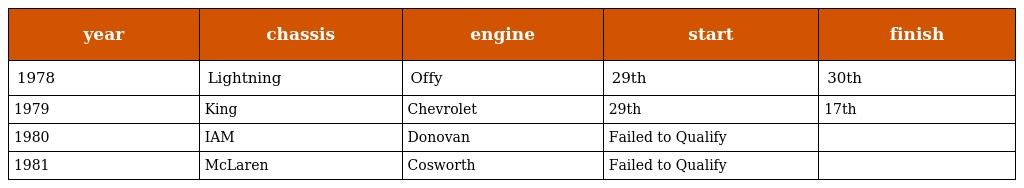
| year | chassis | engine | start | finish |
 | --- | --- | --- | --- | --- |
 | 1978 | Lightning | Offy | 29th | 30th |
 | 1979 | King | Chevrolet | 29th | 17th |
 | 1980 | IAM | Donovan | Failed to Qualify |  |
 | 1981 | McLaren | Cosworth | Failed to Qualify |  |